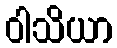
ဝါသိယာ